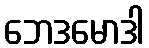
ဘေဒမောဒါ